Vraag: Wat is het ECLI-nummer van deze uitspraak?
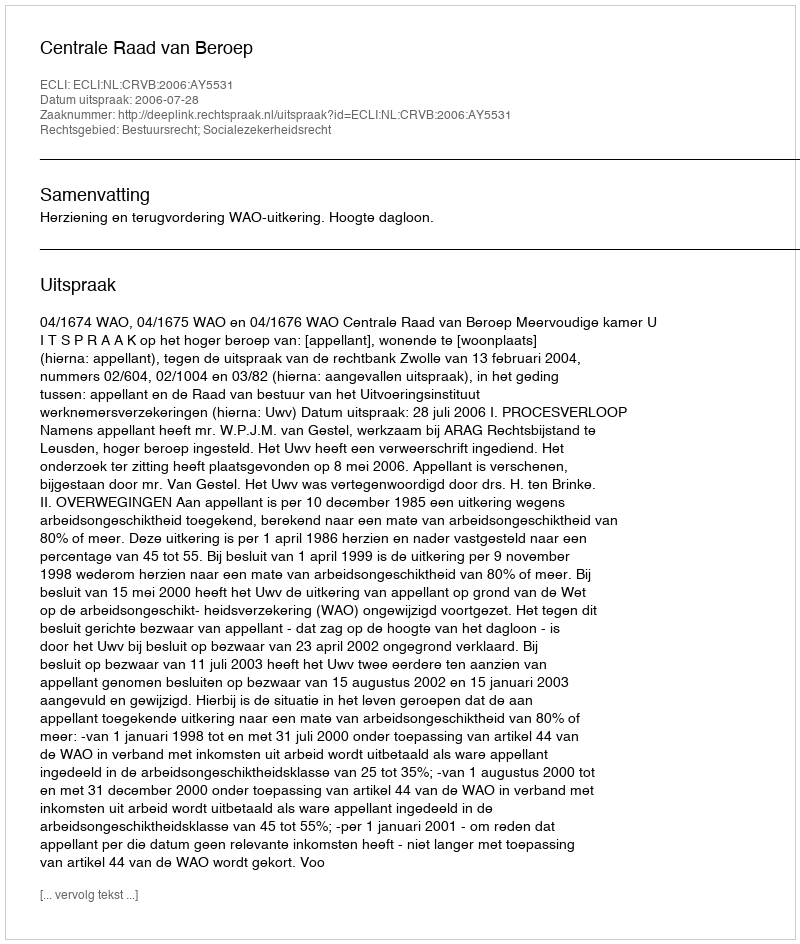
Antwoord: ECLI:NL:CRVB:2006:AY5531